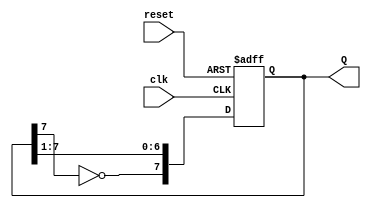
module johnson_counter (
    input wire clk,        // Clock signal
    input wire reset,      // Asynchronous reset signal
    output reg [7:0] Q     // 8-bit output representing the counter state
);

    // Always block for the Johnson counter
    always @(posedge clk or posedge reset) begin
        if (reset) begin
            Q <= 8'b00000000; // Reset the counter to 0
        end else begin
            Q <= {~Q[7], Q[7:1]}; // Shift right and invert the last bit
        end
    end

endmodule